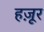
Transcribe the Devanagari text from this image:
हज़ूर